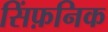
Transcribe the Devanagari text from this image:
सिंफ़निक